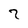
Character: 7